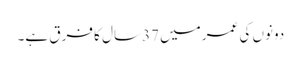
دونوں کی عمرمیں 37سال کا فرق ہے۔